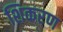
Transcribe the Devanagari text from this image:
शिकरण